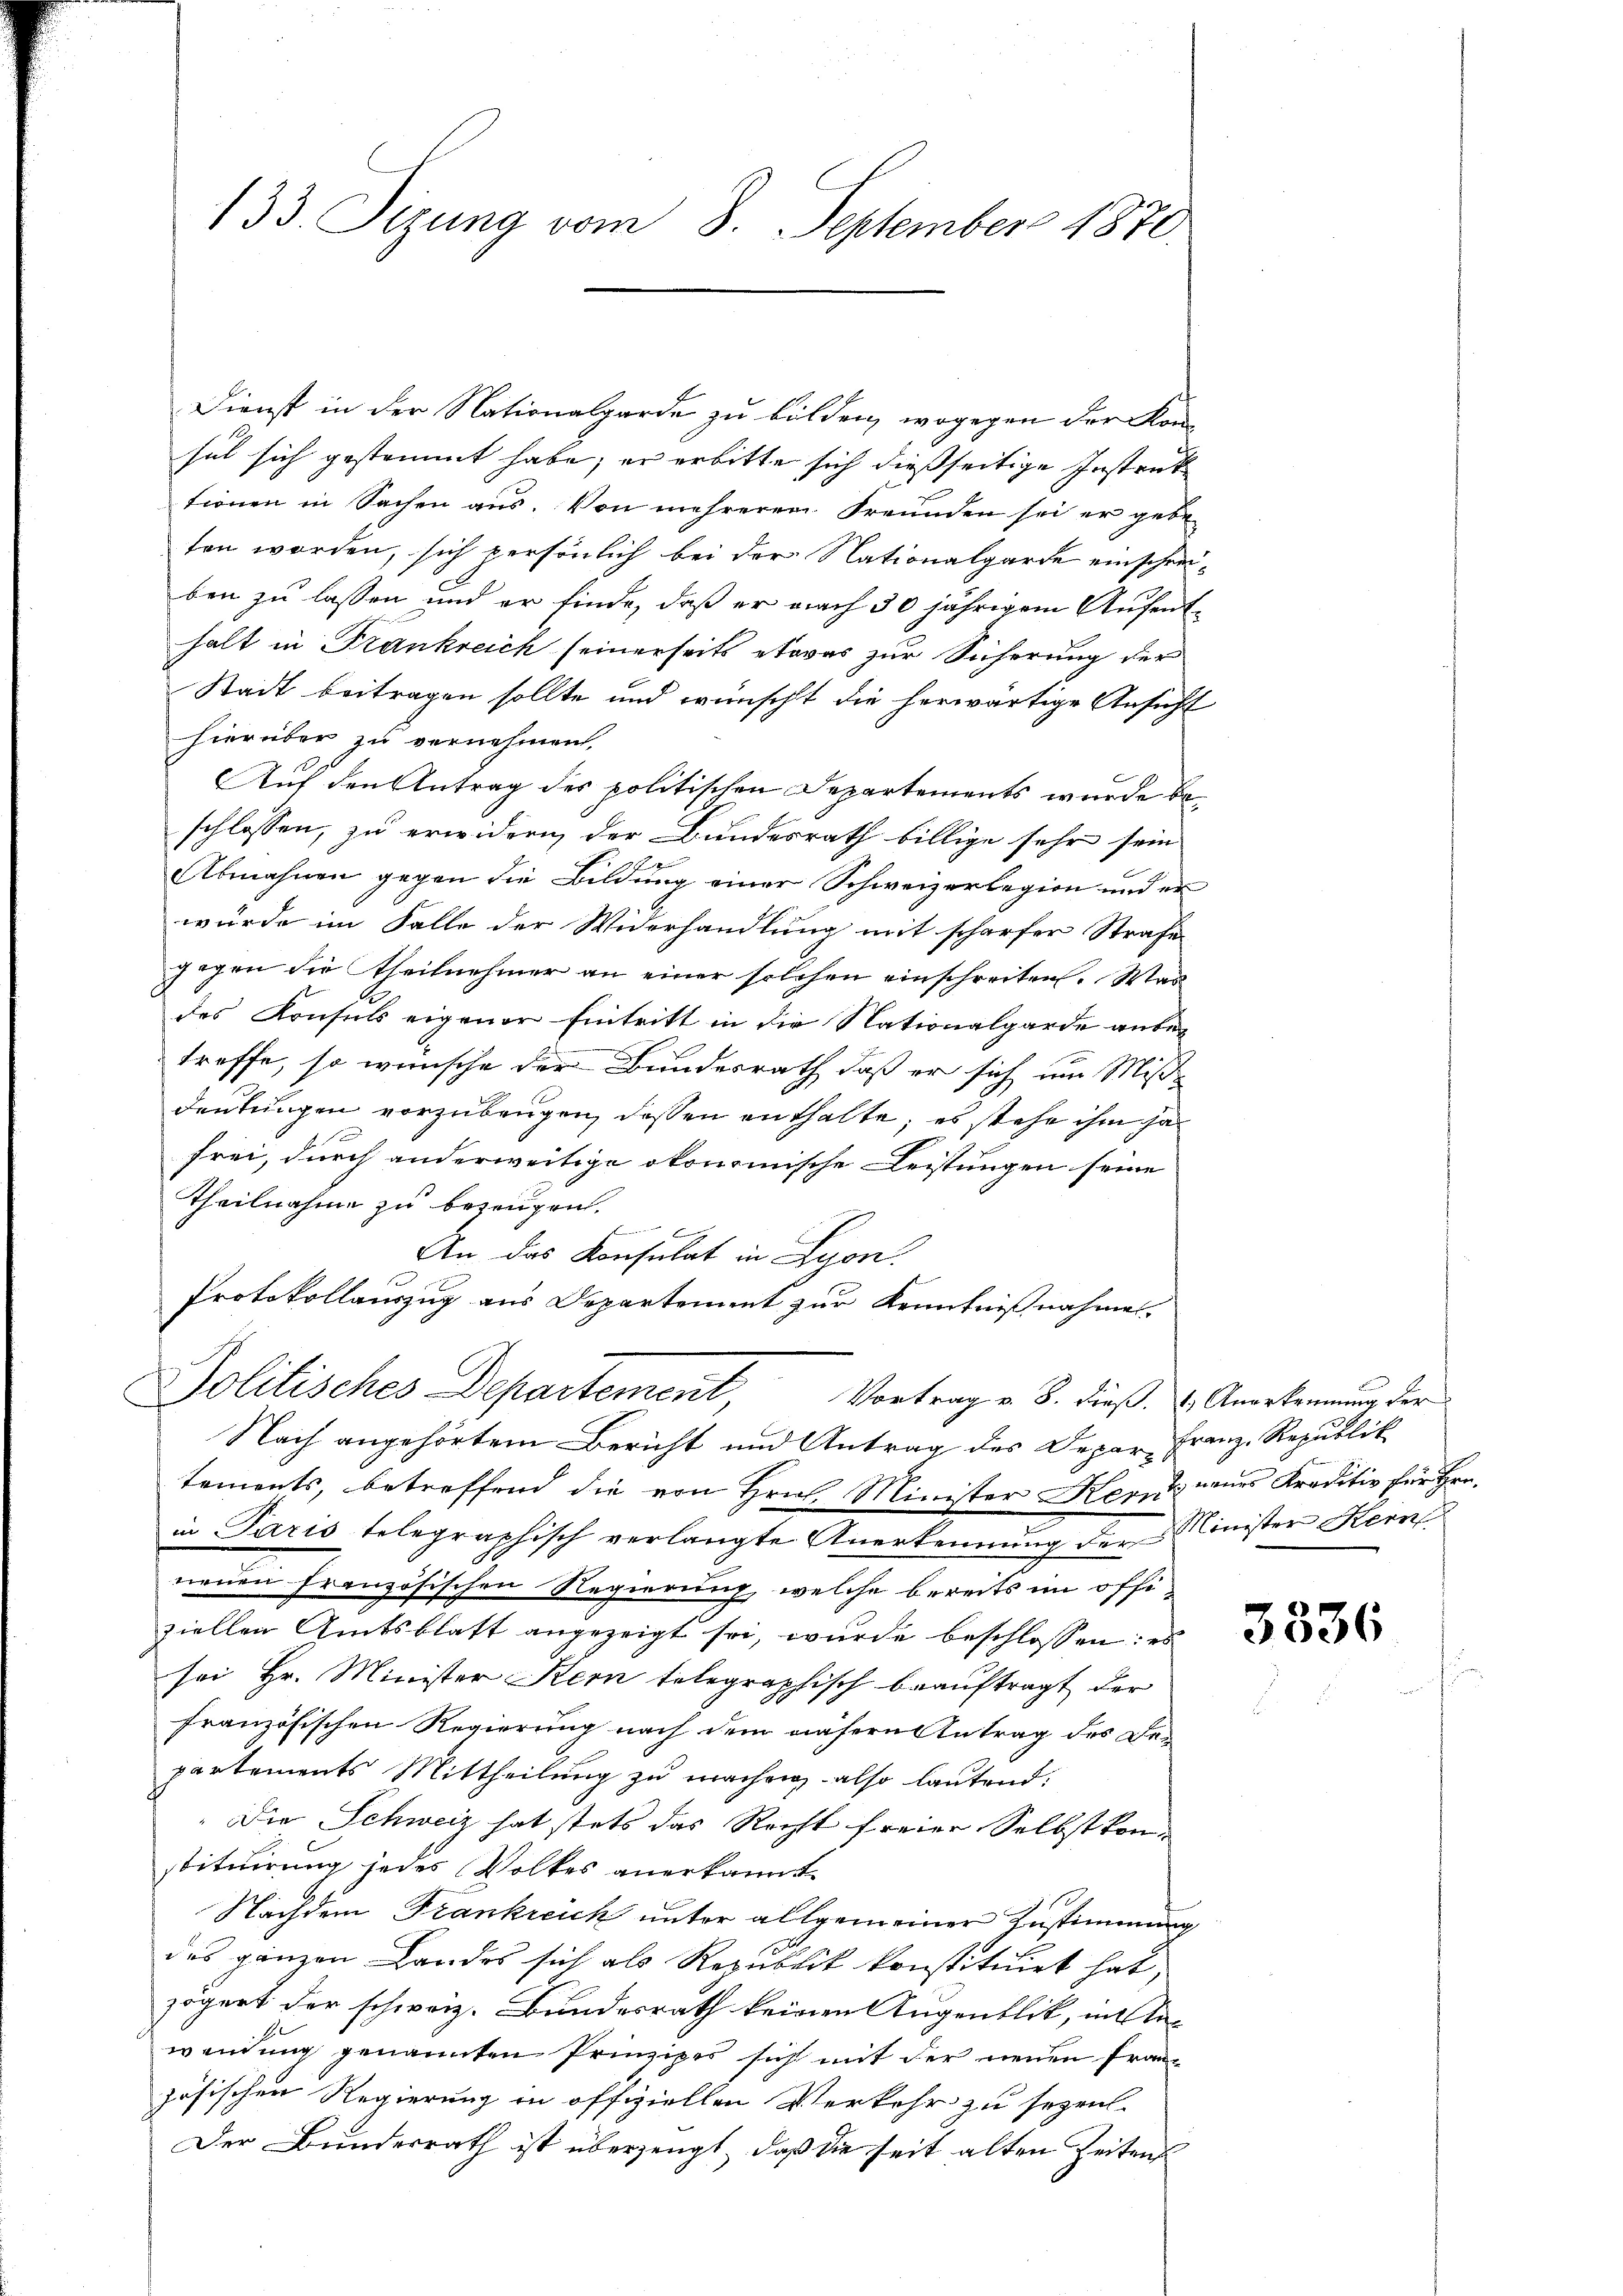
133. Sizung vom 8. September 1870.

Dienst in der Nationalgarde zu bilden, wogegen der Konsel sich gestammt habe, er erbitte sich dießseitige Instruk
tionen in Sachen aus. Von mehreren Freunden sei er gebe
ten worden, sich persönlich bei der Nationalgarde einschreiben zu lassen und er finde, daß er nach 30 jährigem Aufenthalt in Frankreich seinerseits etwas zur Sicherung der
Stadt beitragen sollte und wünscht die herwärtige Ansicht
hierüber zu vernehmen,
Auf den Antrag des politischen Departements wurde beschlossen, zu erwidern, der Bundesrath billige sehr sein
Abmahnen gegen die Bildung einer Schweizerlegion und er
würde im Falle der Widerhandlung mit scharfer Strafe
gegen die Theilnehmer an einer solchen einschreiten. Was
des Konsuls eigener Eintritt in die Nationalgarde anbe-
treffe, so wünsche der Bundesrath, daß er sich um Mißdeutungen vorzubeugen, dessen enthalte; es stehe ihm ha
frei, durch anderweitige ökonomische Leistungen seine
Theilnahme zu bezeugen.
x
An das Konsulat in Lyon.
Protokollauszug aus Departement zur Kenntnißnahmen.
Politisches Departement
Vortrag v. 8. dieß. Anerkennung der
Nach angehörtem Bericht und Antrag des Depar- Franz-Republik
tements, betreffend die von Hrn. Minister Kern neues Kreditiv für Hrn.
in Paris telegraphisch verlangte Anerkennung der Klinister Hein
nenen Französischen Regierung, welche bereits im offiziellen Amtsblatt angezeigt sei, wurde beschlossen: es
sei Hr. Minister Kern telegraphisch beauftragt der
französischen Regierung nach dem nähern Antrag des Bepartements Mittheilung zu machen, also lautend:
" Die Schweiz hat stets das Recht freier Selbst konstituirung jedes Volkes anerkannt.
Nachdem Frankreich unter allgemeiner Zustimmung
des ganzen Landes sich als Republik konstituirt hat,
zögert der schweiz. Bundesrath keinen Augenblik, mit Stawendung genannten Prinzipes sich mit der neuen Französischen Regierung in offiziellen Verkehr zu sezen-
Der Bundesrath ist überzeugt, daß die seit alten Zeitens

3336